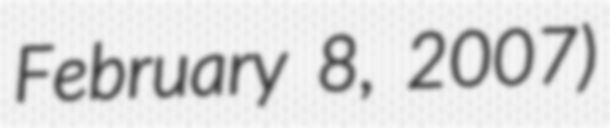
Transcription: February 8, 2007)